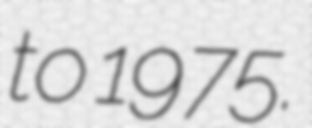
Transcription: to 1975.